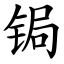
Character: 锔